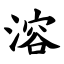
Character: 溶